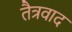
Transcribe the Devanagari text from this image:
तैत्रवाद